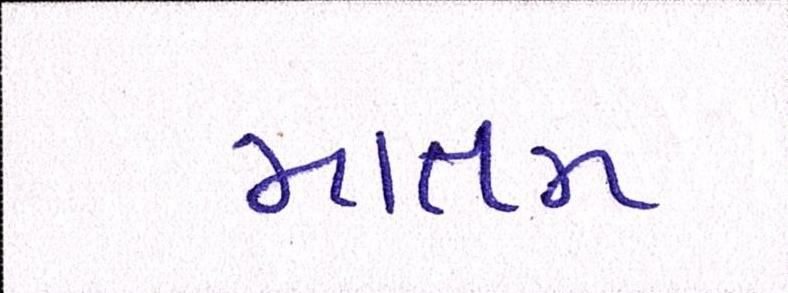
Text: માતમ